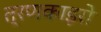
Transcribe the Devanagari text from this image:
त्रणकाइरो